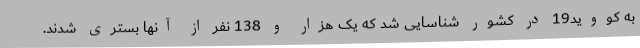
به کووید19 در کشور شناسایی شد که یک هزار و 138 نفر از آنها بستری شدند.